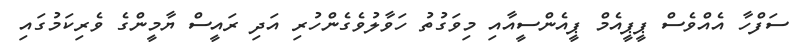
ސަފްހާ އެއްވެސް ޕީޕީއެމް ޕީއެންސީއާއި މިވަގުތު ހަވާލުވެގެންހުރި އަދި ރައީސް ޔާމީންގެ ވެރިކަމުގައި